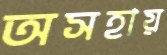
অসহায়